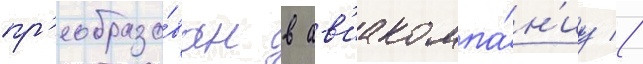
пр'еобразо́ван в ав'иакомпа́н'иу //